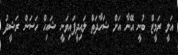
އަލީ ރަމީޒް ބުނީ އޭނާ އަށް ޝަހާދަތް ލައިދީފައިވަނީ ޝައިހް ހަސަން ރަޝީދު